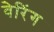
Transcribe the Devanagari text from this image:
वेरिंग